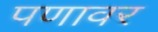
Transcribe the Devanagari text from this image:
पणावर